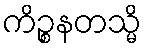
ကိဉ္စနတသ္မိ